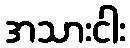
အသားငါး